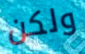
ولكن